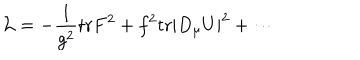
{ \cal L } = - \frac { 1 } { g ^ { 2 } } \mathrm { t r } F ^ { 2 } + f ^ { 2 } \mathrm { t r } | D _ { \mu } U | ^ { 2 } + \cdots